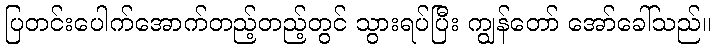
ပြတင်းပေါက်အောက်တည့်တည့်တွင် သွားရပ်ပြီး ကျွန်တော် အော်ခေါ်သည်။